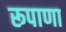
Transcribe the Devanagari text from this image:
रूपाणा